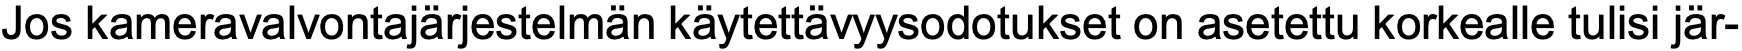
Jos kameravalvontajärjestelmän käytettävyysodotukset on asetettu korkealle tulisi jär-